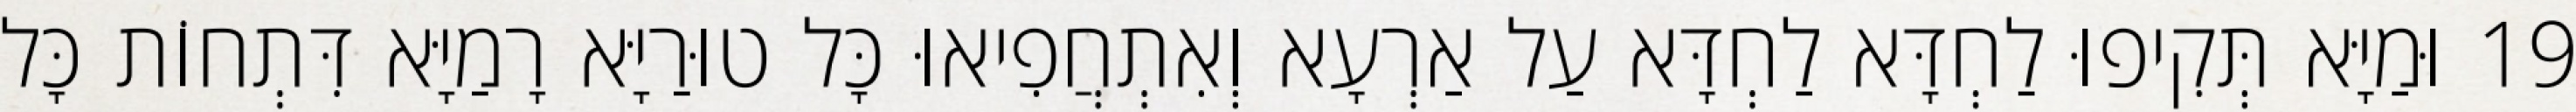
19 וּמַיָּא תְּקִיפוּ לַחְדָּא לַחְדָּא עַל אַרְעָא וְאִתְחֲפִיאוּ כָּל טוּרַיָּא רָמַיָּא דִּתְחוֹת כָּל